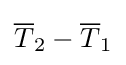
{\overline {T}}_{2}-{\overline {T}}_{1}